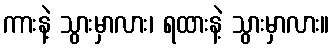
ကားနဲ့ သွားမှာလား၊ ရထားနဲ့ သွားမှာလား။